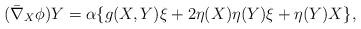
LaTeX: \begin{align*}(\bar{\nabla}_{X}\phi)Y=\alpha\{g(X,Y)\xi+2\eta(X)\eta(Y)\xi+\eta(Y)X\},\end{align*}